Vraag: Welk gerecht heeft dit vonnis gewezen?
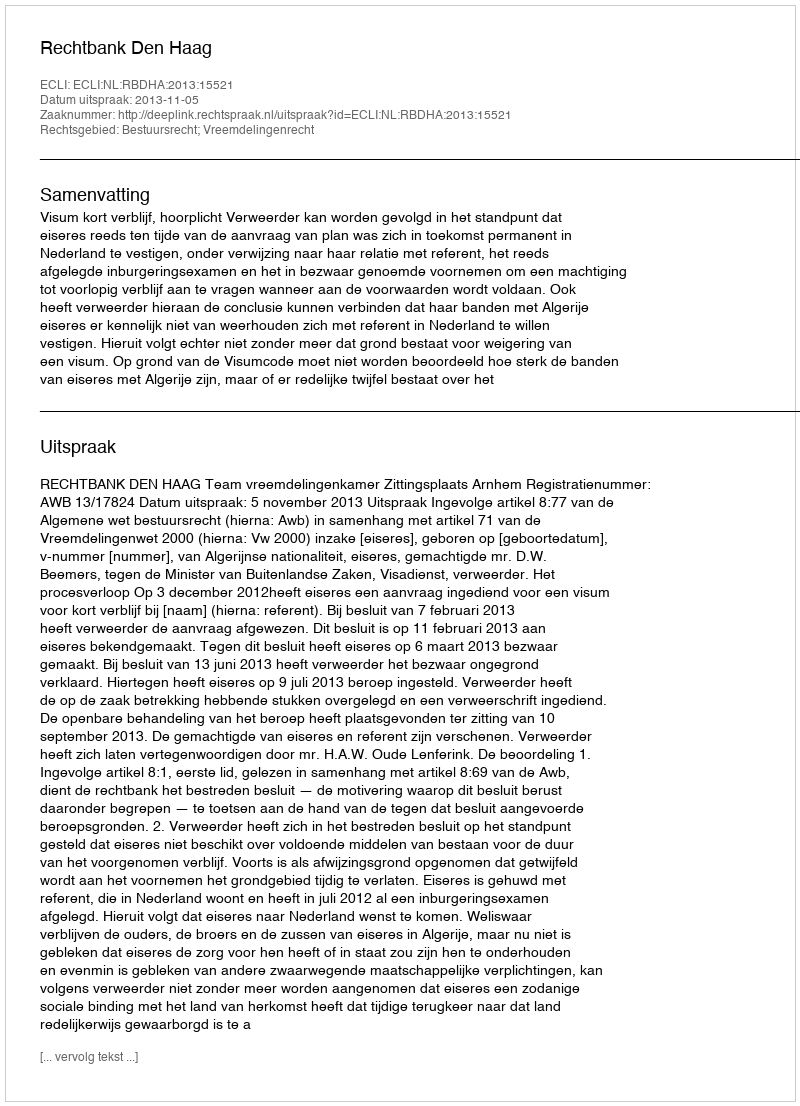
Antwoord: Rechtbank Den Haag